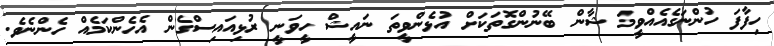
ހިފާފަ ހުންނަގެއެއްވީމަ ޝާން ބޭނުންގޮތަކަށް އުޅެންވީތަ ނައީޝް ހީވަނީ ރުޅިއައިސްގެން އެހެންކަމެއް ހެންނެވެ.